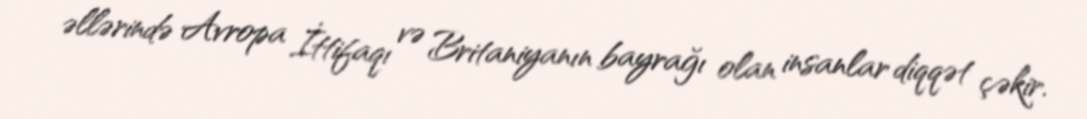
əllərində Avropa İttifaqı və Britaniyanın bayrağı olan insanlar diqqət çəkir.